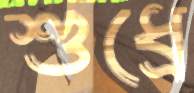
শুধ্‌রে